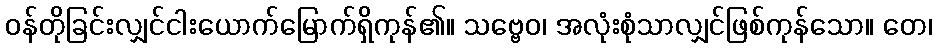
ဝန်တိုခြင်းလျှင်ငါးယောက်မြောက်ရှိကုန်၏။ သဗ္ဗေဝ၊ အလုံးစုံသာလျှင်ဖြစ်ကုန်သော။ တေ၊